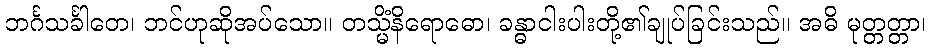
ဘင်္ဂသင်္ခါတေ၊ ဘင်ဟုဆိုအပ်သော။ တသ္မိံနိရောဓော၊ ခန္ဓာငါးပါးတို့၏ချုပ်ခြင်းသည်။ အဓိ မုတ္တတ္တာ၊